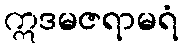
ဣဒမဇရာမရံ